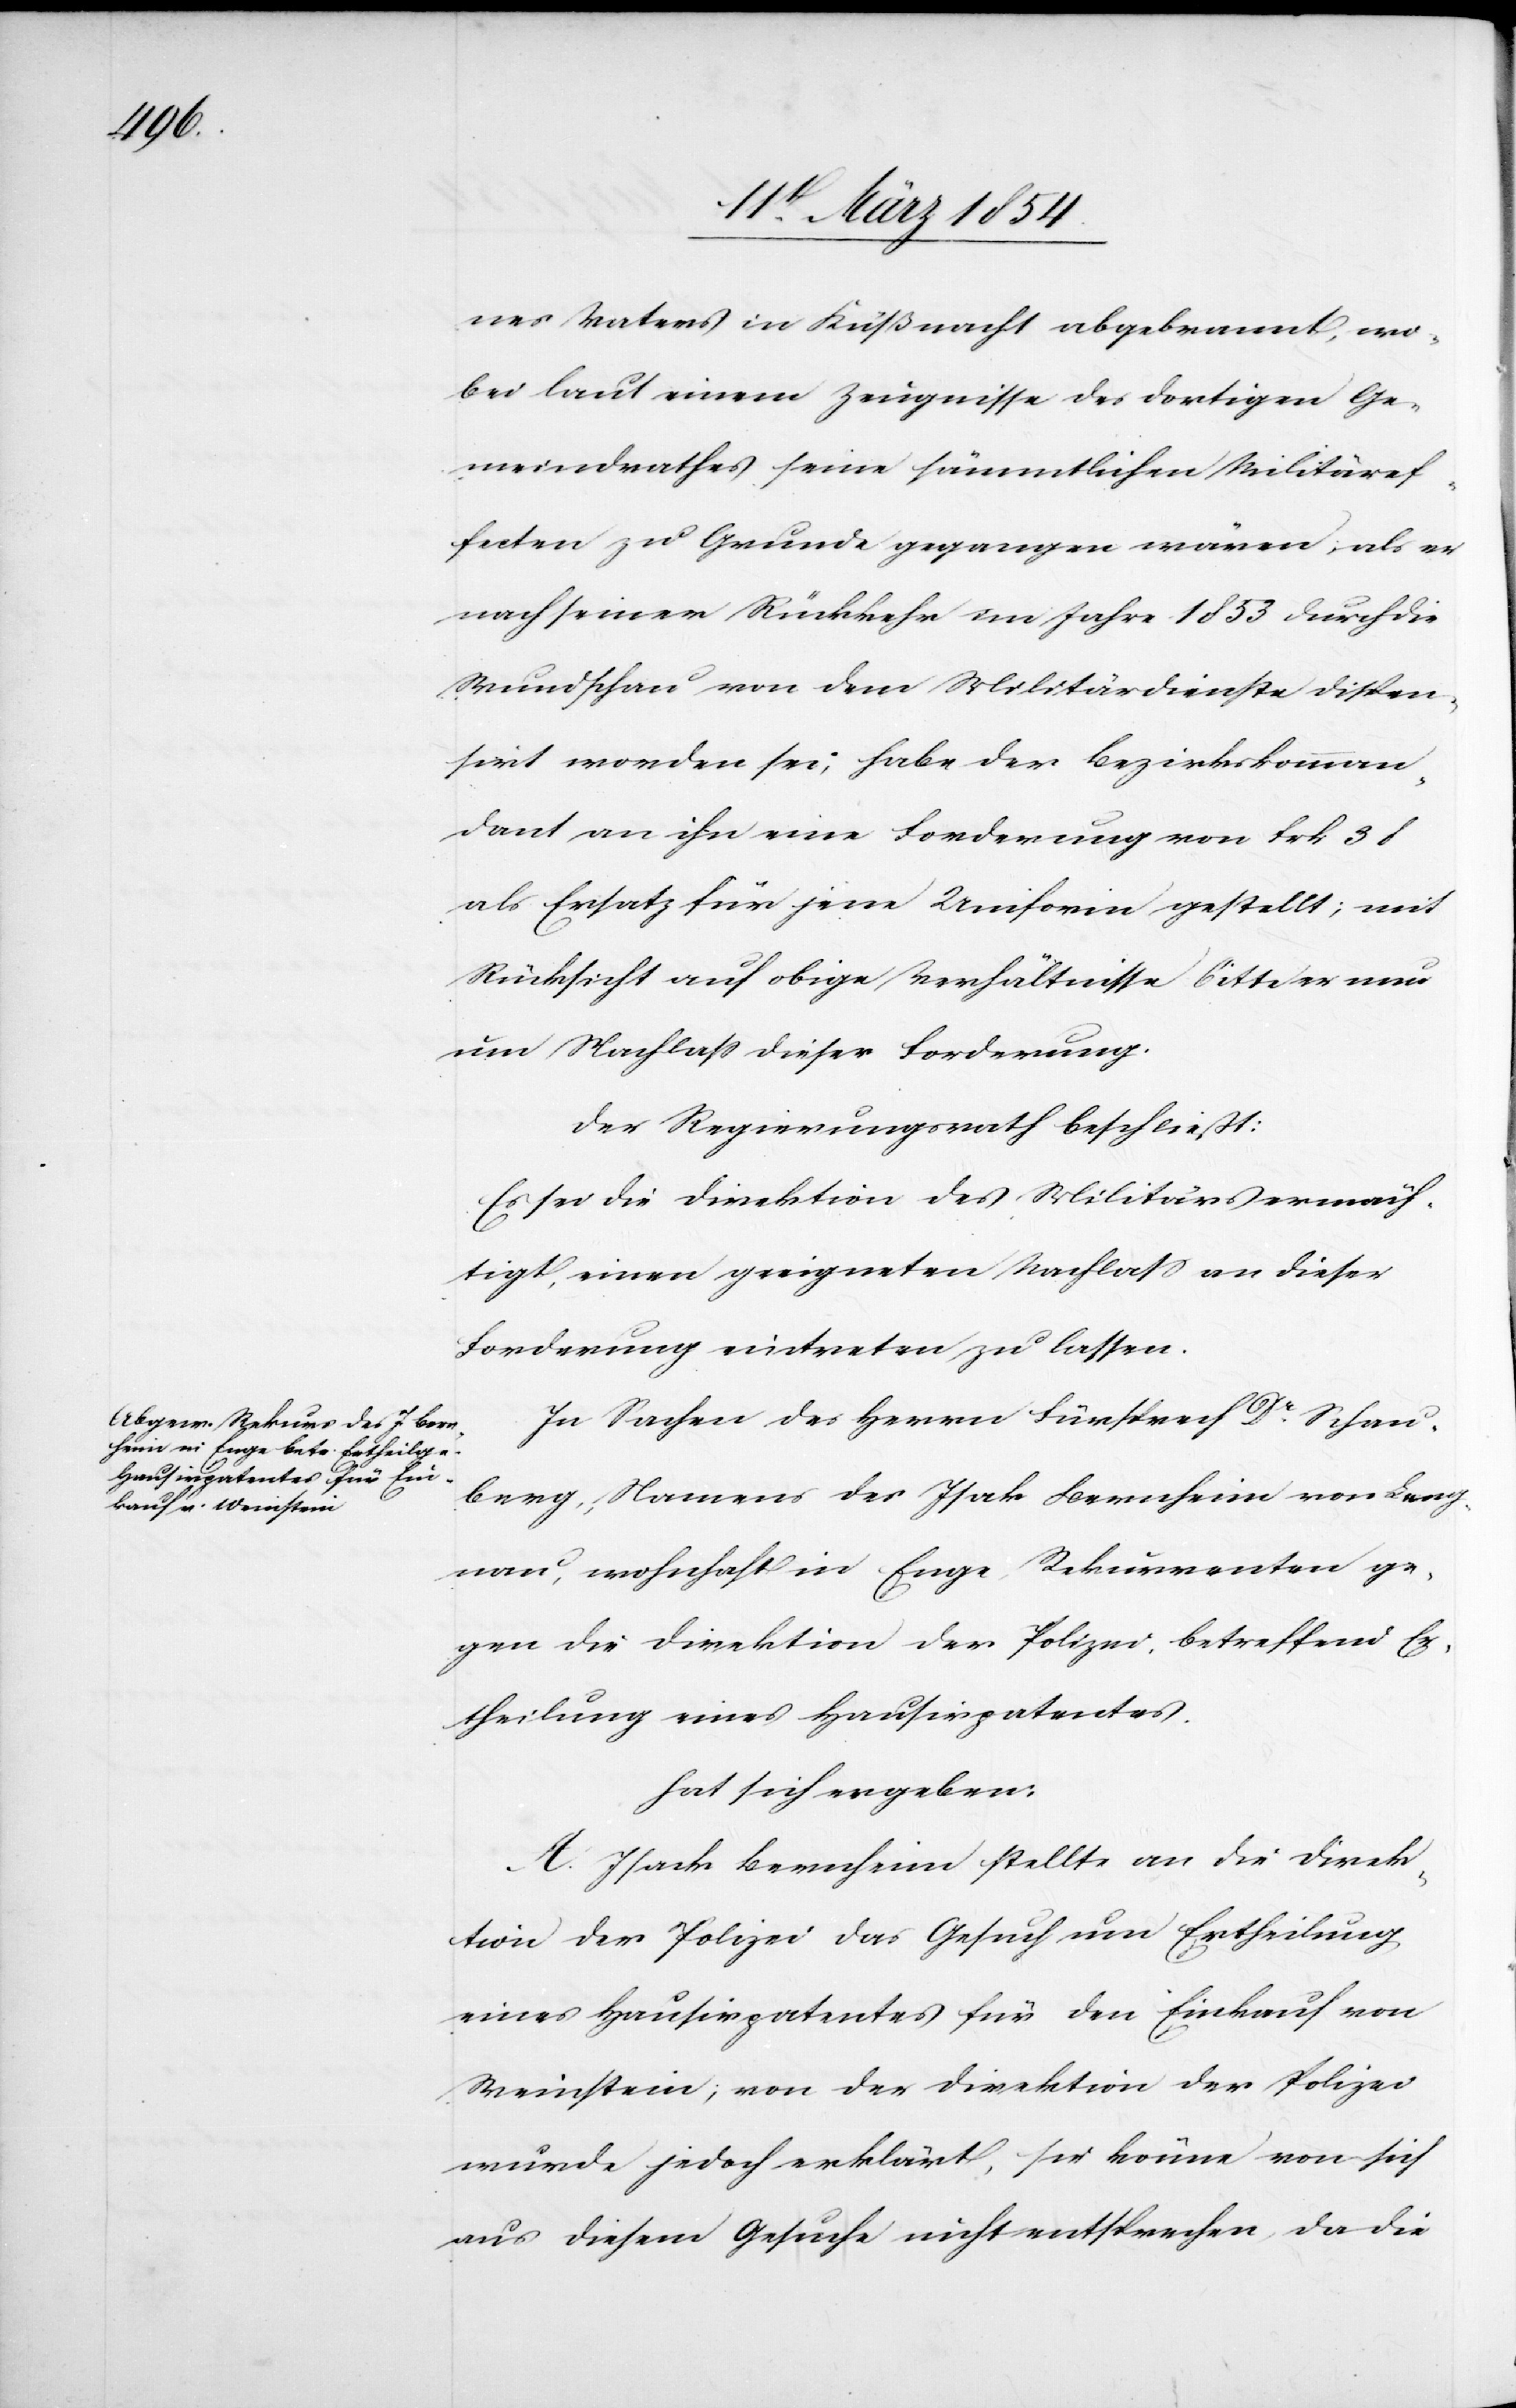
nes Vaters in Küßnacht abgebrannt, wo¬
bei laut einem Zeugnisse des dortigen Ge¬
meindrathes seine sämmtlichen Militäref¬
fecten zu Grunde gegangen wären; als er
nach seiner Rückkehr im Jahre 1853 durch die
Rundschau von dem Militärdienste dispen¬
sirt worden sei, habe der Bezirkskomman¬
dant an ihn eine Forderung von Frk 38
als Ersatz für jene Uniform gestellt; mit
Rücksicht auf obige Verhältnisse bitte er nun
um Nachlaß dieser Forderung.
Der Regierungsrath beschließt:
Es sei die Direktion des Militärs ermäch¬
tigt, einen geeigneten Nachlaß an dieser
Forderung eintreten zu lassen.
In Sachen des Herrn Fürsprech Dr Schau¬
berg, Namens des Isak Bernheim von Lang¬
nau, wohnhaft in Enge, Rekurrenten ge¬
gen die Direktion der Polizei, betreffend E¬
rtheilung eines Hausirpatentes.
hat sich ergeben:
A. Isack [sic!] Bernheim stellte an die Direk¬
tion der Polizei das Gesuch um Ertheilung
eines Hausirpatentes für den Einkauf von
Weinstein; von der Direktion der Polizei
wurde jedoch erklärt, sie könne von sich
aus diesem Gesuche nicht entsprechen, da die